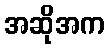
အဆိုအက